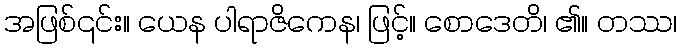
အဖြစ်၎င်း။ ယေန ပါရာဇိကေန၊ ဖြင့်။ စောဒေတိ၊ ၏။ တဿ၊